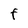
Character: F